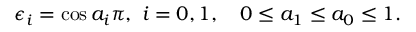
\epsilon _ { i } = \cos a _ { i } \pi , \ i = 0 , 1 , \quad 0 \le a _ { 1 } \le a _ { 0 } \le 1 .